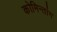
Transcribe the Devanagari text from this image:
कोमिन्तांग